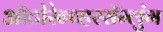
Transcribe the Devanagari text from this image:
ऑटोरेन्व्हरसॅम्लुंग